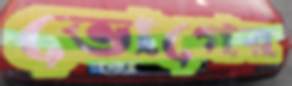
ভোগের